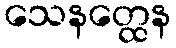
သေနတ္ထေန